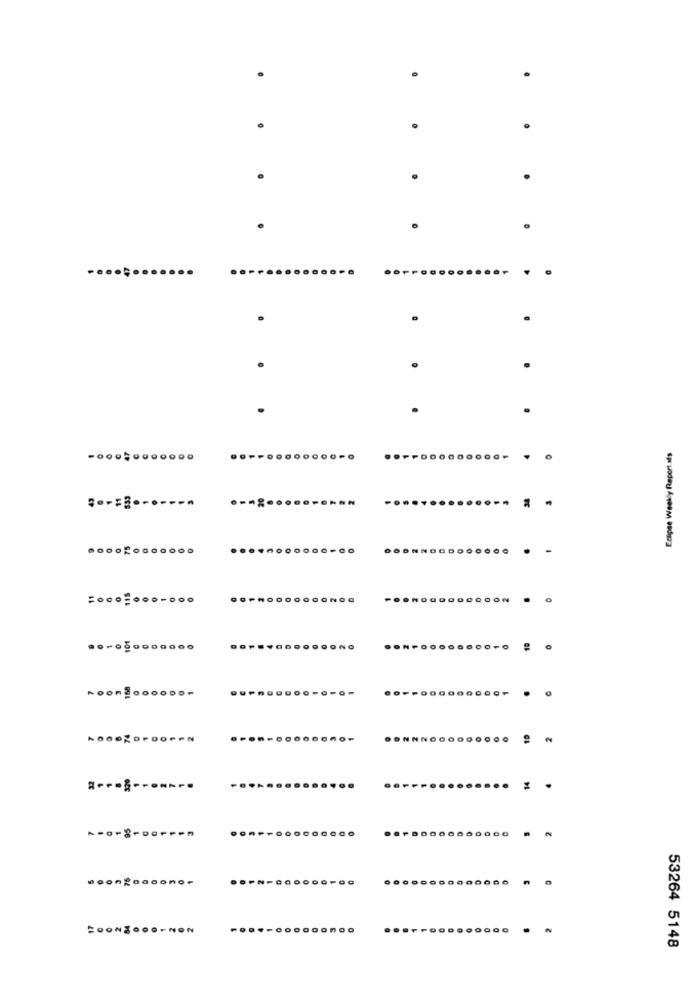
.....
Eclipse Weekly Report.als
..............
.. 1 ..........-
o
.-....
.... . . . . . . . .
0.
-
=0000000.000
..
.
.
2
.........
.
BOONZOOO-NON
53264 5148